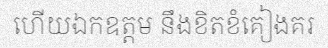
ហើយឯកឧត្តម នឹងខិតខំគៀងគរ